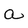
Character: a